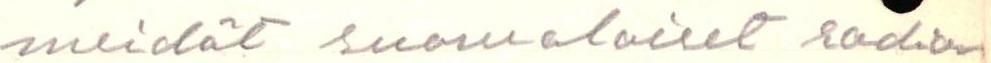
meidät suomalaiset radion